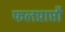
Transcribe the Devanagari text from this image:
फलप्राप्तौ